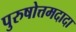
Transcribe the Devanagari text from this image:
पुरुषोत्तमदादा